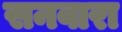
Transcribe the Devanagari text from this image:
सनवारा